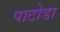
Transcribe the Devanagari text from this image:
पाटोडा